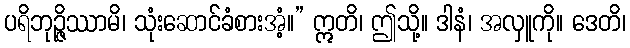
ပရိဘုဉ္ဇိဿာမိ၊ သုံးဆောင်ခံစားအံ့။” ဣတိ၊ ဤသို့။ ဒါနံ၊ အလှူကို။ ဒေတိ၊